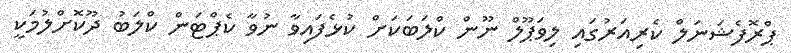
ޕްރޮފެޝަނަލް ކެރިއަރުގައި ލިވަޕޫލް ނޫން ކްލަބަކަށް ކުޅެފައިވާ ނުވާ ކެޕްޓަން ކްލަބު ދޫކޮށްލުމަކީ